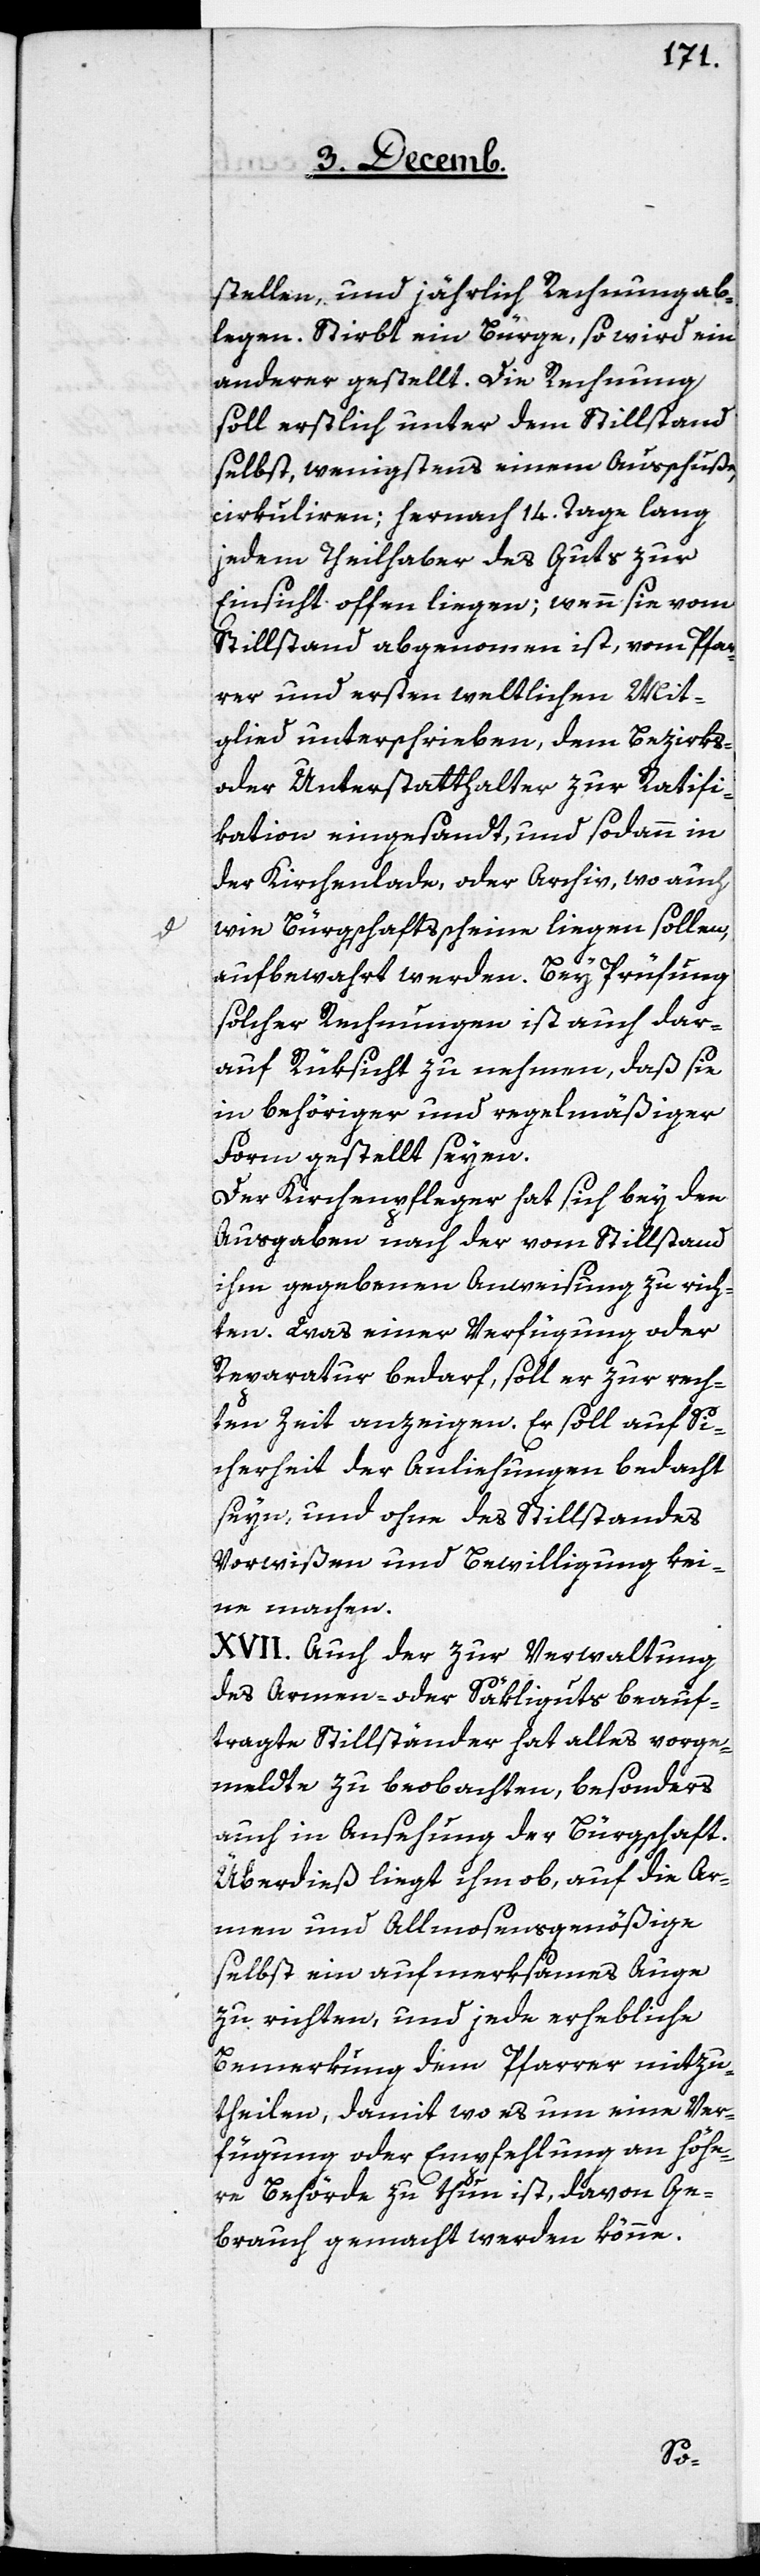
stellen, und jährlich Rechnung ab¬
legen. Stirbt ein Bürge, so wird ein
anderer gestellt. Die Rechnung
soll erstlich unter dem Stillstand
selbst, wenigstens einem Ausschuße,
cirkuliren; hernach 14. Tage lang
jedem Theilhaber des Guts zur
Einsicht offen liegen; wenn sie vom
Stillstand abgeno[m]men ist, vom Pfar¬
rer und ersten weltlichen Mit¬
glied unterschrieben, dem Bezirks-
oder Unterstatthalter zur Ratifi¬
cation eingesandt, und sodann in
der Kirchenlade, oder Archiv, wo auch,
wie Bürgschaftsscheine liegen sollen,
aufbewahrt werden. Bey Prüfung
solcher Rechnungen ist auch dar¬
auf Rüksicht zu nehmen, daß sie
in behöriger und regelmäßiger
Form gestellt seyen.
Der Kirchenpfleger hat sich bey den
Ausgaben nach der vom Stillstand
ihm gegebenen Anweisung zu rich¬
ten. Was einer Verfügung oder
Reparatur bedarf, soll er zur rech¬
ten Zeit anzeigen. Er soll auf Si¬
cherheit der Anliehungen bedacht
seyn, und ohne des Stillstandes
Vorwißen und Bewilligung kei¬
ne machen.
XVII. Auch der zur Verwaltung
des Armen- oder Säkliguts beauf¬
tragte Stillständer hat alles vorge¬
meldte zu beobachten, besonders
auch in Ansehung der Bürgschaft.
Überdieß liegt ihm ob, auf die Ar¬
men und Allmosengenößige
selbst ein aufmerksames Auge
zu richten, und jede erhebliche
Bemerkung dem Pfarrer mizu¬
theilen, damit wo es um eine Ver¬
fügung oder Empfehlung an höhe¬
re Behörde zu thun ist, davon Ge¬
brauch gemacht werden könne.